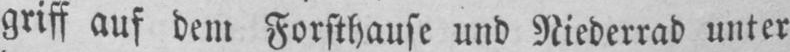
griff auf dem Forsthause und Niederrad unter